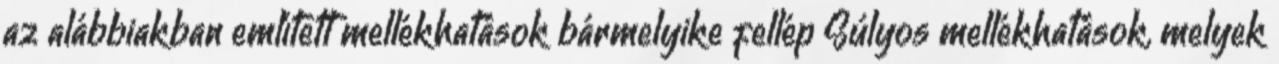
az alábbiakban említett mellékhatások bármelyike fellép Súlyos mellékhatások, melyek